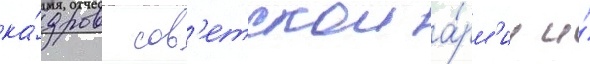
ка́дров сов'етскои а́рм'ии и́